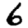
Digit: 6